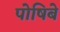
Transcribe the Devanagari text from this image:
पोषिबे